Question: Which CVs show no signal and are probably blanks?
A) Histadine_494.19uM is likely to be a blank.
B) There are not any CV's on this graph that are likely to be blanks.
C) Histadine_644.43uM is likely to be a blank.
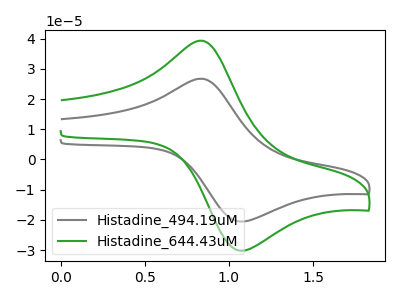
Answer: <think>The gray curve "Histadine_494.19uM" has an anodic peak at (0.85V, 26.75uA) and a cathodic peak at (1.05V, -20.55uA). The green curve "Histadine_644.43uM" has an anodic peak at (0.85V, 39.30uA) and a cathodic peak at (1.05V, -30.20uA).</think>
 <answer>B) There are not any CV's on this graph that are likely to be blanks.</answer>
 <eval>B</eval>